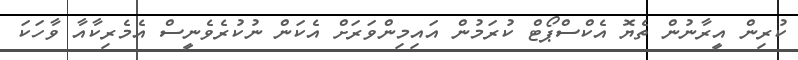
ކުރިން އީރާނުން ތެޔޮ އެކްސްޕޯޓް ކުރަމުން އައިމިންވަރަށް އެކަން ނުކުރެވެނީސް އެމެރިކާއާ ވާހަކަ